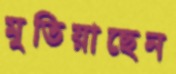
মুতিয়াছেন